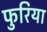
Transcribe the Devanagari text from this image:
फुरिया